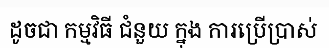
ដូចជា កម្មវិធី ជំនួយ ក្នុង ការប្រើប្រាស់